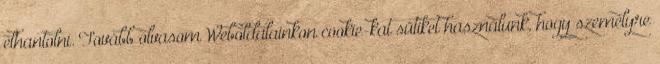
elhantolni. Tovább olvasom Weboldalainkon cookie-kat sütiket használunk, hogy személyre